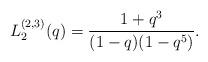
LaTeX: \begin{align*}L_2^{(2,3)}(q) = \frac{1+q^3}{(1-q)(1-q^5)}.\end{align*}